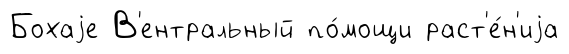
Бохаjе В'ентральный по́мощи раст'е́н'иjа